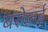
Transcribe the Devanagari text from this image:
बरोज़ई